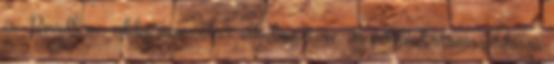
is. Bevallom, eddig nem sokat alkalmaztam, de például stresszoldásra